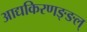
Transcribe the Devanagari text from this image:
आद्यकिरणङ्ङल्